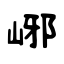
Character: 峫